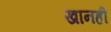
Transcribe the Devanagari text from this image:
खानही